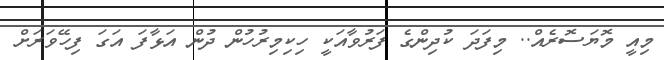
މިއީ މޮޔަސޮރެއް.. މިފަދަ ކުދިންގެ ފަރުވާއަކީ ހިކިމިރުހުން ދުން އަޅާފަ އަގަ ފިހޭވަރަށް